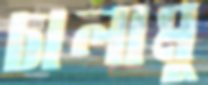
চালামু